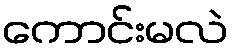
ကောင်းမလဲ